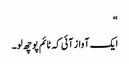
“
ایک آواز آئی کہ ٹائم پوچھ لو۔